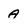
Character: A